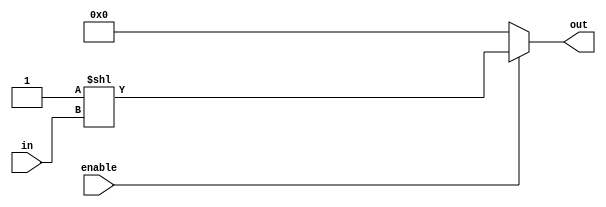
// 2x4 Decoder
module decoder_2x4(output reg [3:0]out, input wire [1:0]in, input wire enable);
	always @ (in, enable)
	begin
		out = (enable) ? (4'b0001 << in) : 4'b0000;
	end
endmodule

// 5x32 Decoder
module decoder_5x32(output reg [31:0]out, input wire [4:0]in, input wire enable);
	always @ (in, enable)
	begin
		out = (enable) ? (32'b1 << in) : 32'b0;
	end
endmodule